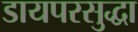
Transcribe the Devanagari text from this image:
डायपरसुद्धा